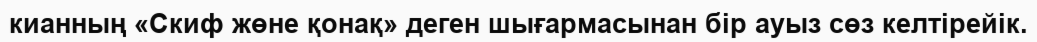
кианның «Скиф жөне қонақ» деген шығармасынан бір ауыз сөз келтірейік.